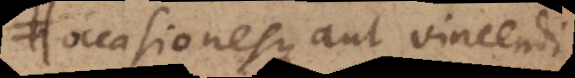
occasionesque aut vincendi